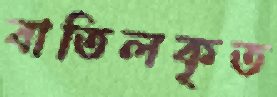
বাতিলকৃত